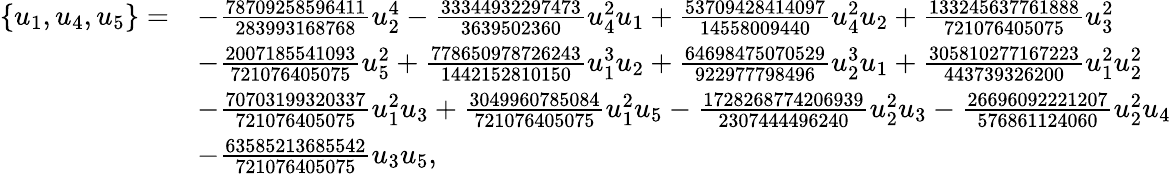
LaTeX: \begin{array}{rl}{\{ u_{1},u_{4},u_{5}\} =}&{-\frac{78709258596411}{283993168768}u_{2}^{4}-\frac{33344932297473}{3639502360}u_{4}^{2}u_{1}+\frac{53709428414097}{14558009440}u_{4}^{2}u_{2}+\frac{133245637761888}{721076405075}u_{3}^{2}}\\ &{-\frac{2007185541093}{721076405075}u_{5}^{2}+\frac{778650978726243}{1442152810150}u_{1}^{3}u_{2}+\frac{64698475070529}{922977798496}u_{2}^{3}u_{1}+\frac{305810277167223}{443739326200}u_{1}^{2}u_{2}^{2}}\\ &{-\frac{70703199320337}{721076405075}u_{1}^{2}u_{3}+\frac{3049960785084}{721076405075}u_{1}^{2}u_{5}-\frac{1728268774206939}{2307444496240}u_{2}^{2}u_{3}-\frac{26696092221207}{576861124060}u_{2}^{2}u_{4}}\\ &{-\frac{63585213685542}{721076405075}u_{3}u_{5},}\end{array}